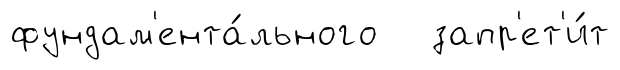
фундам'ента́льного запр'ет'и́т